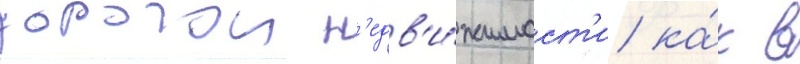
дорогои н'едв'и́жимост'и ка́к в